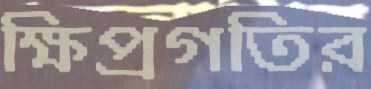
ক্ষিপ্রগতির